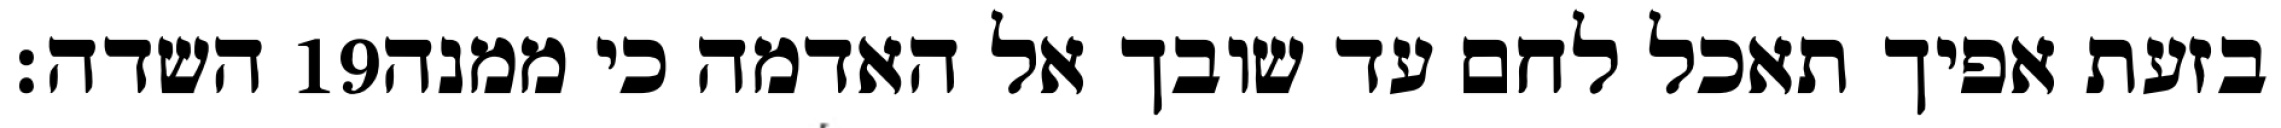
השדה׃ ‎19‏ בזעת אפיך תאכל לחם עד שובך אל האדמה כי ממנה